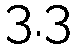
3.3